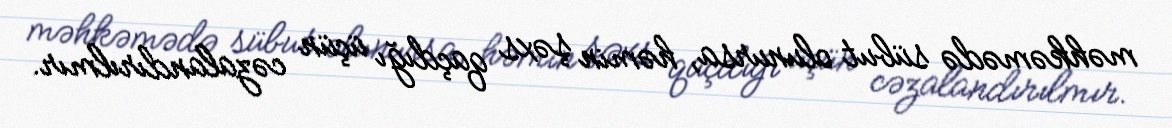
məhkəmədə sübut olunursa, həmin şəxs qaçdığı üçün cəzalandırılmır.